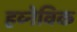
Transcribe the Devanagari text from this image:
हव्नेविक